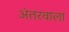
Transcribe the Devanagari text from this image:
अंतरवाला